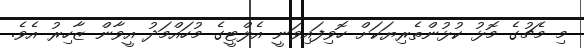
މި މެޗުގެ މޮޅު ކުޅުންތެރިޔަކަށް ހޮވިފައިވަނީ އެލްޓީގެ މުހައްމަދު އީވާން ޒާހިރު އެވެ.